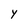
Character: Y